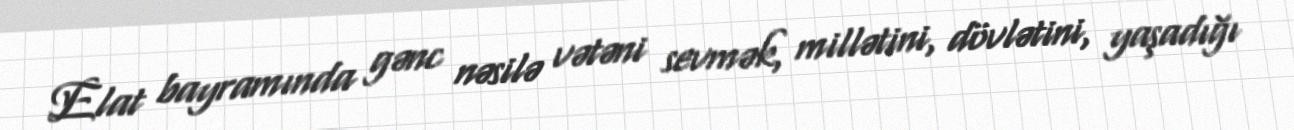
Elat bayramında gənc nəsilə vətəni sevmək, millətini, dövlətini, yaşadığı